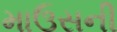
માઉસની